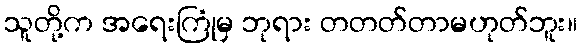
သူတို့က အရေးကြုံမှ ဘုရား တတတ်တာမဟုတ်ဘူး။